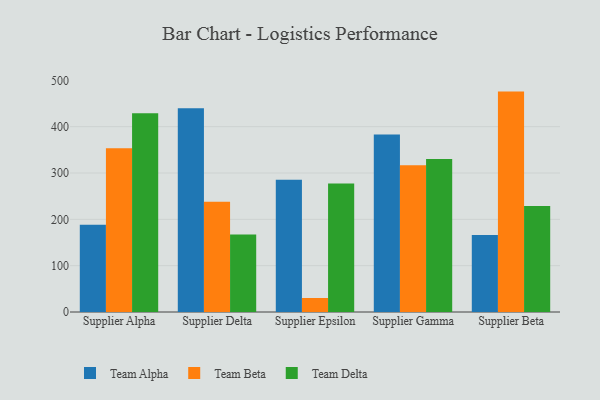
{"axis": {"x": "Supplier", "y": "Latency (ms)"}, "legend": ["Team Alpha", "Team Beta", "Team Delta"], "data": [{"x": "Supplier Alpha", "y": 188.1, "type": "Team Alpha"}, {"x": "Supplier Alpha", "y": 353.2, "type": "Team Beta"}, {"x": "Supplier Alpha", "y": 429.0, "type": "Team Delta"}, {"x": "Supplier Delta", "y": 439.5, "type": "Team Alpha"}, {"x": "Supplier Delta", "y": 238.0, "type": "Team Beta"}, {"x": "Supplier Delta", "y": 167.2, "type": "Team Delta"}, {"x": "Supplier Epsilon", "y": 285.7, "type": "Team Alpha"}, {"x": "Supplier Epsilon", "y": 30.2, "type": "Team Beta"}, {"x": "Supplier Epsilon", "y": 277.2, "type": "Team Delta"}, {"x": "Supplier Gamma", "y": 383.2, "type": "Team Alpha"}, {"x": "Supplier Gamma", "y": 317.0, "type": "Team Beta"}, {"x": "Supplier Gamma", "y": 330.4, "type": "Team Delta"}, {"x": "Supplier Beta", "y": 166.1, "type": "Team Alpha"}, {"x": "Supplier Beta", "y": 475.7, "type": "Team Beta"}, {"x": "Supplier Beta", "y": 229.0, "type": "Team Delta"}]}